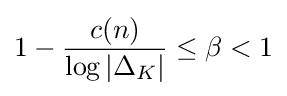
1-{\frac {c(n)}{\log |\Delta _{K}|}}\leq \beta <1